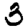
Digit: 3